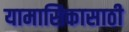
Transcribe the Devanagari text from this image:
यामासिकासाठी